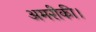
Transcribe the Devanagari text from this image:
अमरीकी।